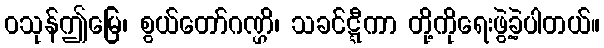
ဝသုန်ဤမြေ၊ စွယ်တော်ဂဏ္ဌိ၊ သခင်ဋ္ဋီကာ တို့ကိုရေးဖွဲ့ခဲ့ပါတယ်။